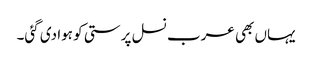
یہاں بھی عرب نسل پرستی کو ہوا دی گئی۔